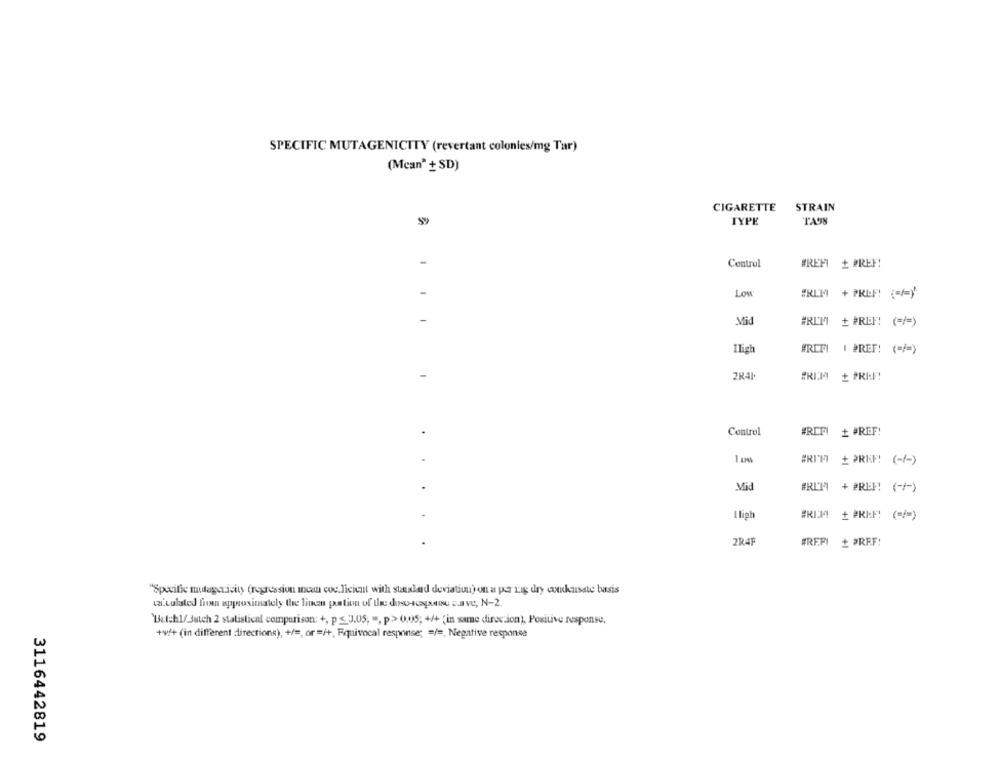
SPECIFIC MUTAGENICITY (revertant colonies/mg Tar)
(Mean" + SD)
CIGARETTE
STRAIN
TYPE
TATH
Control
WREFI + PREN!
Low
#RLM + PRIN! ( === )
-
Mid
#RITI + PREF! ( == )
Ilich
#REFI I PREF! ( == )
-
2K41
#RIM + PRI !!
Control
#RIT! + PREF!
-
#RITT + PRKE! (-/-)
Mid
#RITI + PREP! (-/-)
I ligh
#RIM
+ PRI:"! ( == )
2R4F
#REPI
+ PREF!
"Specific mutagericity (regression ican coc licient with staxlad deviation) on a por rig dry conkusste basis
calculated from approximately the liman portion of the doscapuru save, N-2.
'Batch1/3auch 2 statistical comparison: +, p < 3.05; ", p> 0.05; +/+ 'in same direction), Positive response,
+4/+ (in different directions), +/ =, or =/+, Equivocal response; = / =, Negative response
3116442819